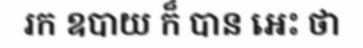
រក ឧបាយ ក៏ បាន អេះ ថា